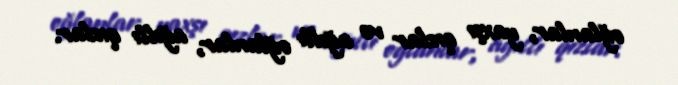
oğlanlar, yaxşı qızlar və ağıllı oğlanlar, ağıllı qızlar.